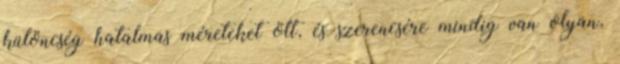
különcség hatalmas méreteket ölt, és szerencsére mindig van olyan,